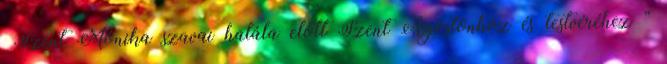
Szent Mónika szavai halála előtt Szent Ágostonhoz és testvéréhez ”